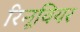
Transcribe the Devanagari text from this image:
रिनूवियर